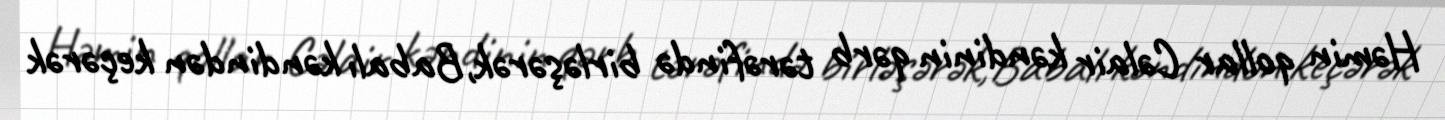
Həmin qollar Cəlair kəndinin qərb tərəfində birləşərək,Babalı kəndindən keçərək